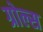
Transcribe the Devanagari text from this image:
ग्रोल्स